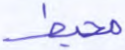
محيط